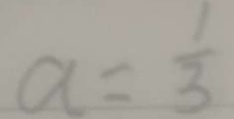
a = \frac { 1 } { 3 }